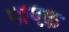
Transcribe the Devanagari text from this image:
पापफ़